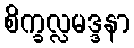
စိက္ခလ္လမဒ္ဒနာ